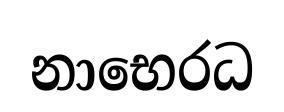
නාභෙරධ